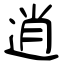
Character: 逍